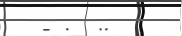
- .  ..